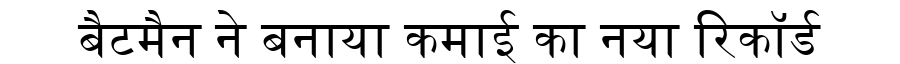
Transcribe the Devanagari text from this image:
बैटमैन ने बनाया कमाई का नया रिकॉर्ड